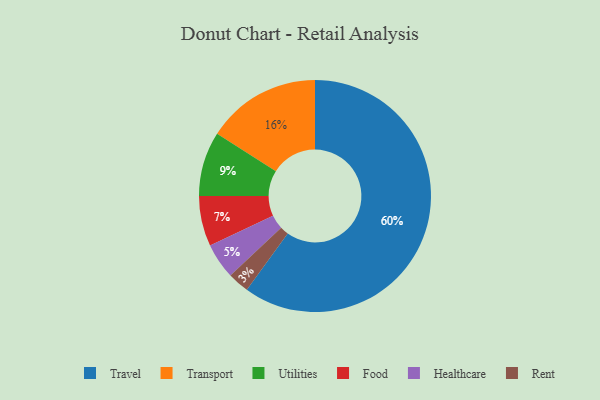
{"axis": {"x": "Category", "y": "Percentage"}, "legend": ["Food", "Healthcare", "Rent", "Transport", "Travel", "Utilities"], "data": [{"x": "Food", "y": 7, "type": "Food"}, {"x": "Transport", "y": 16, "type": "Transport"}, {"x": "Healthcare", "y": 5, "type": "Healthcare"}, {"x": "Travel", "y": 60, "type": "Travel"}, {"x": "Rent", "y": 3, "type": "Rent"}, {"x": "Utilities", "y": 9, "type": "Utilities"}]}